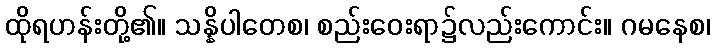
ထိုရဟန်းတို့၏။ သန္နိပါတေစ၊ စည်းဝေးရာ၌လည်းကောင်း။ ဂမနေစ၊